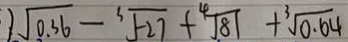
) \sqrt { 0 . 3 6 } - \sqrt [ 3 ] { - 2 7 } + \sqrt [ 4 ] { 8 1 } + \sqrt [ 3 ] { 0 . 6 4 }